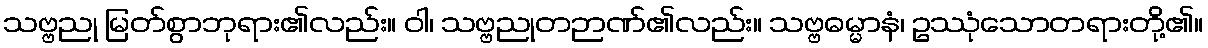
သဗ္ဗညု မြတ်စွာဘုရား၏လည်း။ ဝါ၊ သဗ္ဗညုတဉာဏ်၏လည်း။ သဗ္ဗဓမ္မာနံ၊ ဥဿုံသောတရားတို့၏။